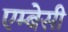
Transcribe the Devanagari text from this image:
एम्‍बेसी